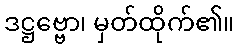
ဒဋ္ဌဗ္ဗော၊ မှတ်ထိုက်၏။